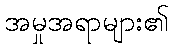
အမှုအရာများ၏